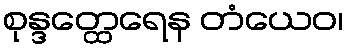
စုန္ဒတ္ထေရေန တံယေဝ၊